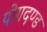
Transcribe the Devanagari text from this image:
योगदण्ड